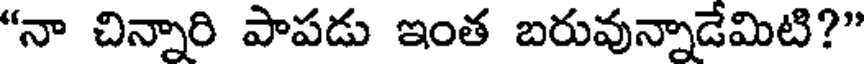
"నా చిన్నారి పాపడు ఇంత బరువున్నాడేమిటి?"